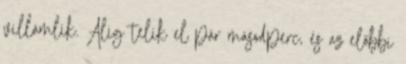
villámlik. Alig telik el pár másodperc, és az előbbi